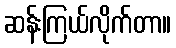
ဆန်းကြယ်လိုက်တာ။